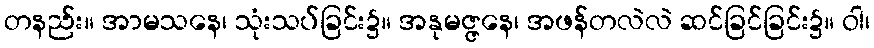
တနည်း။ အာမသနေ၊ သုံးသပ်ခြင်း၌။ အနုမဇ္ဇနေ၊ အဖန်တလဲလဲ ဆင်ခြင်ခြင်း၌။ ဝါ၊